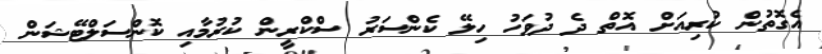
އެގޮތުން ކުރިއަށް އޮތް ދެ ދުވަހު ހިލޭ ކެންސަރު ސްކްރީން ކުރުމާއި ކޮންސަލްޓޭޝަން